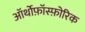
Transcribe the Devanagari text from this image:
ऑर्थोफ़ॉस्फ़ोरिक